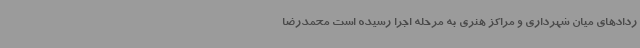
ردادهای میان شهرداری و مراکز هنری به مرحله اجرا رسیده است محمدرضا